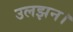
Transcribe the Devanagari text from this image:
उलझन।